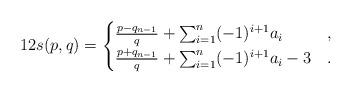
LaTeX: \begin{align*}12s(p,q)=\begin{cases} \frac{p-q_{n-1}}{q}+\sum_{i=1}^{n}(-1)^{i+1}a_i & , \\ \frac{p+q_{n-1}}{q}+\sum_{i=1}^{n}(-1)^{i+1}a_i -3 & .\end{cases}\end{align*}